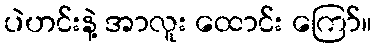
ပဲဟင်းနဲ့ အာလူး ထောင်း ကြော်။